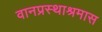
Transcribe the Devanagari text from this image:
वानप्रस्थाश्रमास